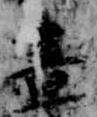
昼